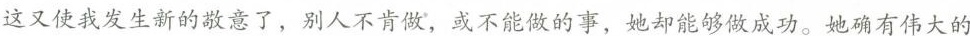
这又使我发生新的敬意了，别人不肯做，或不能做的事，她却能够做成功。她确有伟大的